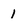
Character: 1